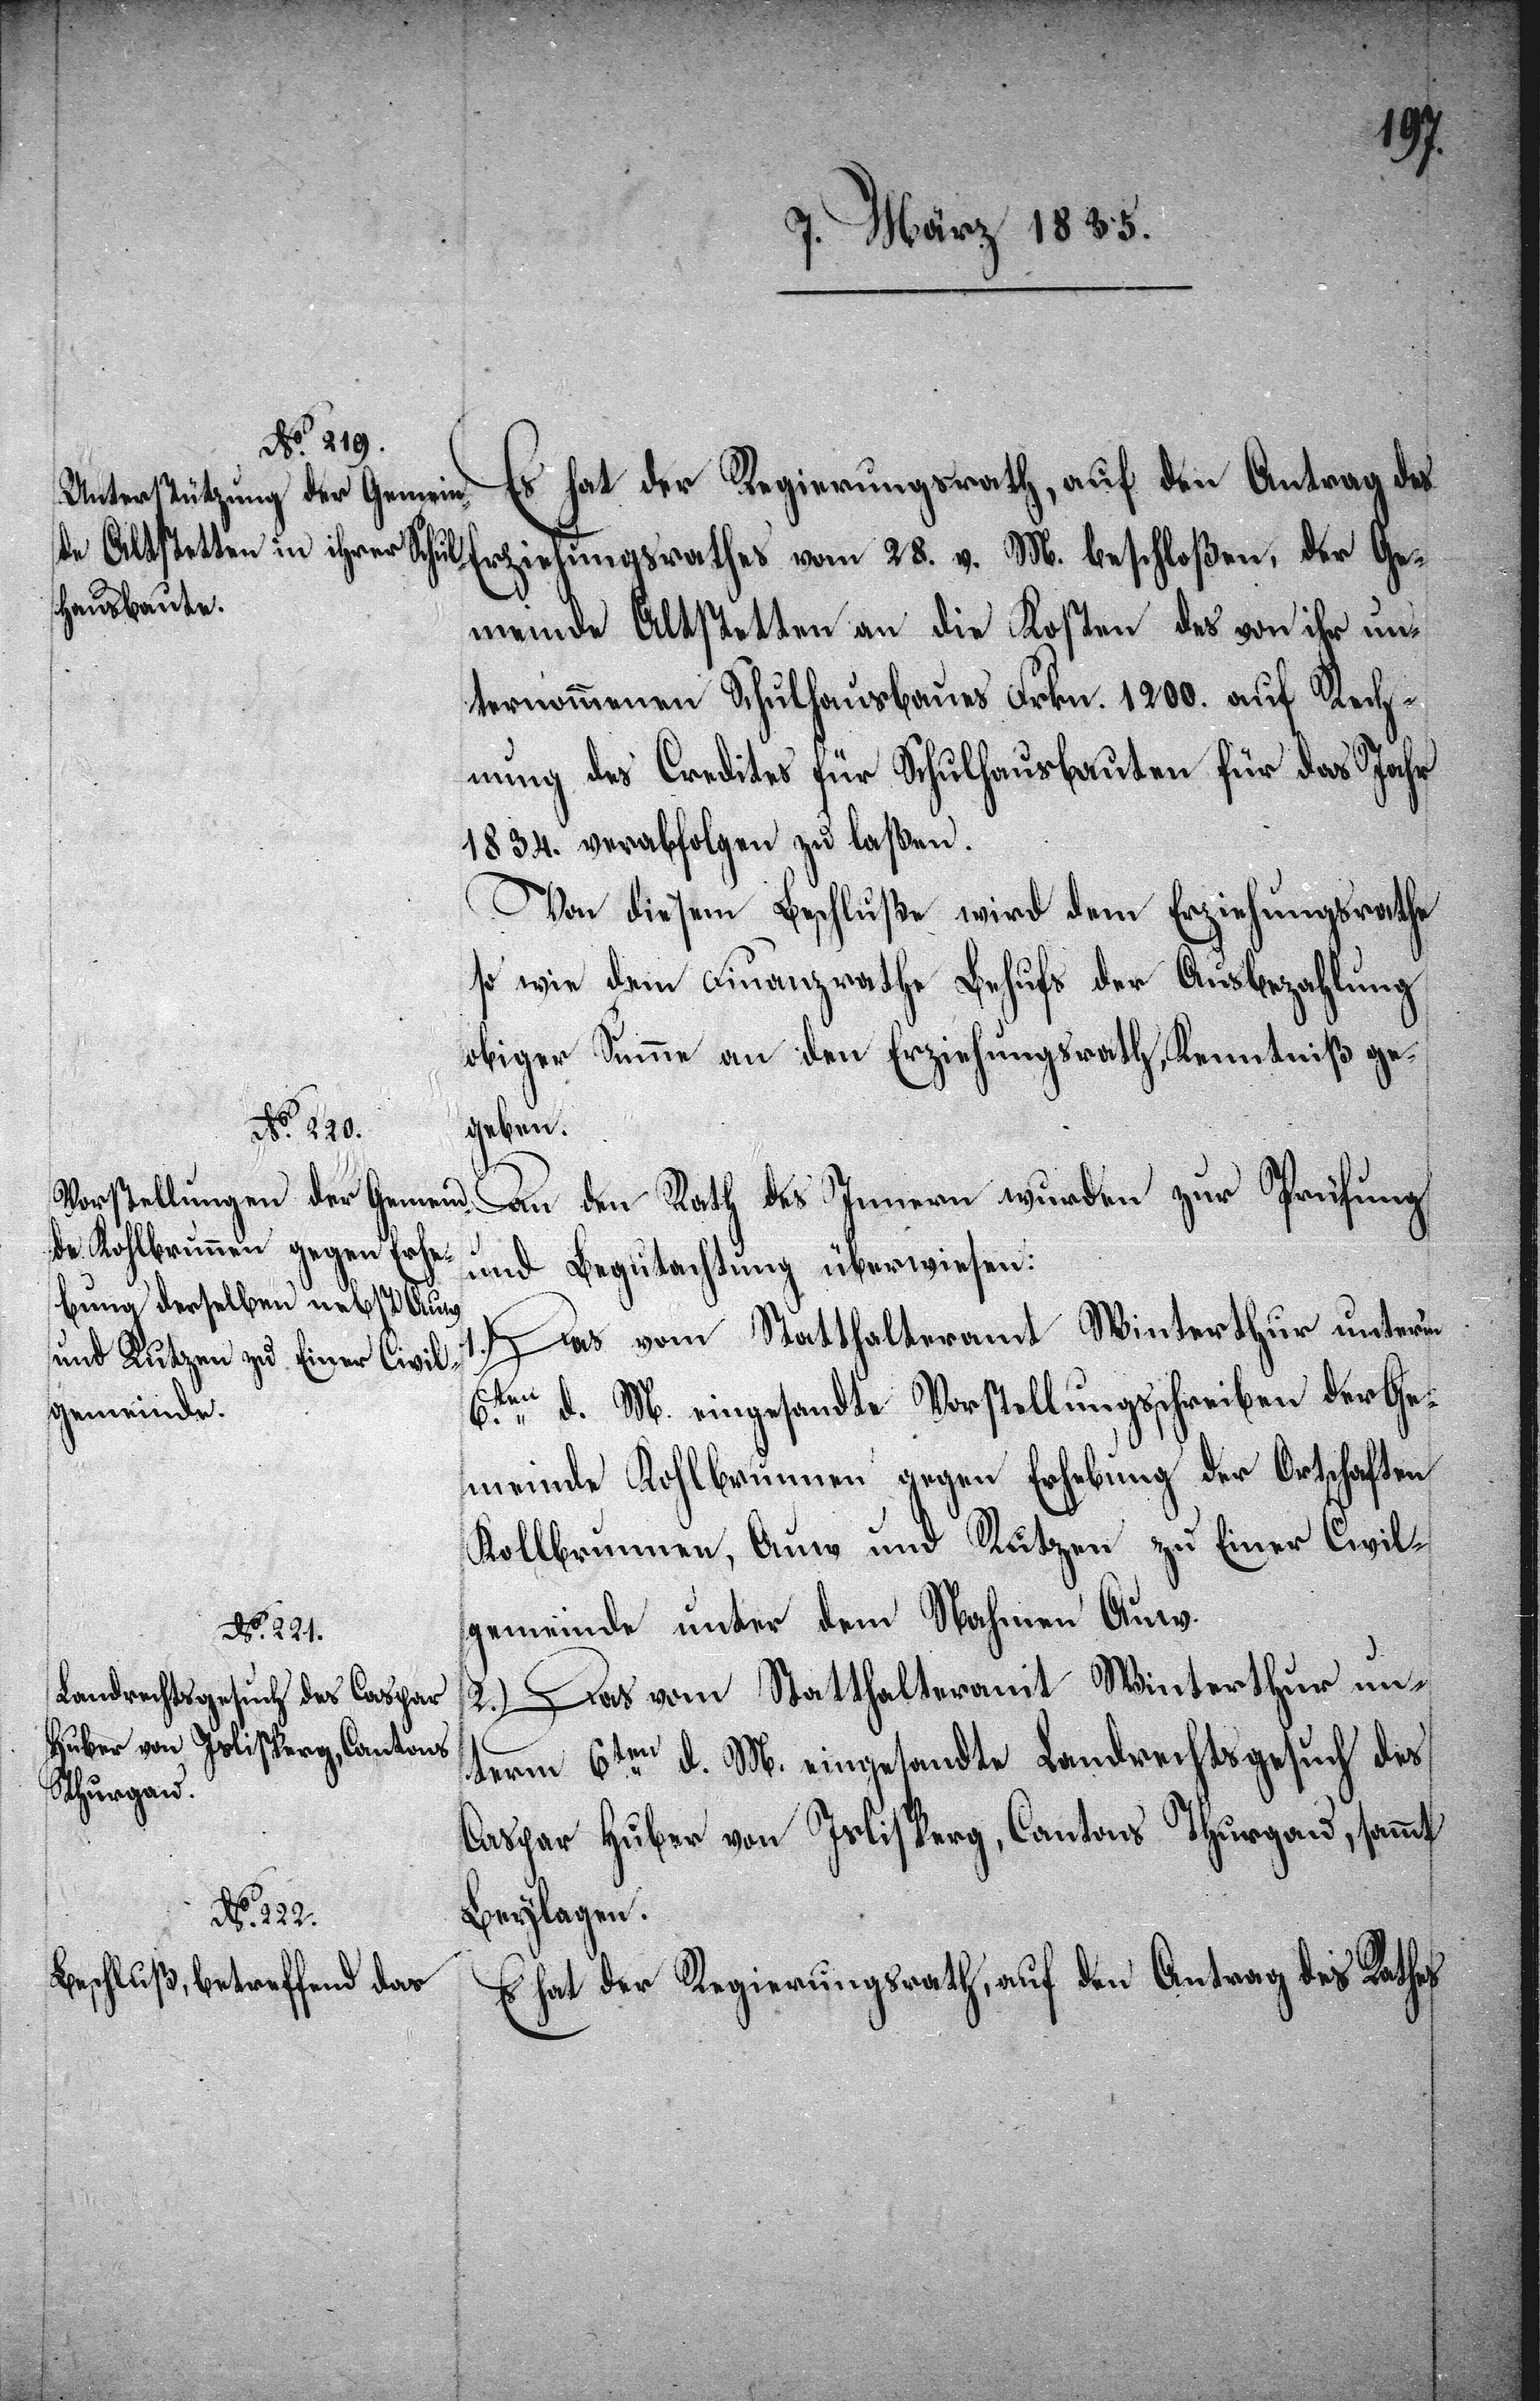
Es hat der Regierungsrath, auf den Antrag des
Erziehungsrathes vom 28. v. M. beschloßen, der Ge¬
meinde Altstetten an die Kosten des von ihr un¬
ternommenen Schulhausbaues Frkn. 1200. auf Rech¬
nung des Credites für Schulhausbauten für das Jahr
1834. verabfolgen zu laßen.
Von diesem Beschluße wird dem Erziehungsrathe
so wie dem Finanzrathe Behufs der Ausbezahlung
obiger Summe an den Erziehungsrath, Kenntniß ge¬
setzung
An den Rath des Innern wurden zur Prüfung
und Begutachtung überwiesen:
1.) Das vom Statthalteramt Winterthur unterm
6.ten d. M. eingesandte Vorstellungsschreiben der Ge¬
meinde Kohlbrunnen gegen Erhebung der Ortschaften
Kollbrunnen, Auw und Rutzen zu Einer Civil¬
gemeinde unter dem Nahmen Auw.
2.) Das vom Statthalteramt Winterthur un¬
term 6ten d. M. eingesandte Landrechtsgesuch des
Caspar Huber von Islisperg, Cantons Thurgau, sammt
Beylagen.
Es hat der Regierungsrath, auf den Antrag des Rathes